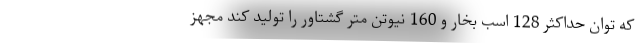
که توان حداکثر 128 اسب بخار و 160 نیوتن متر گشتاور را تولید کند مجهز